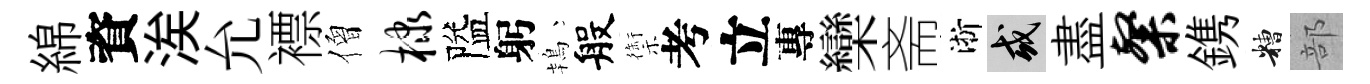
綿資涘允褾僧棣隘躬鴇般禦考立專欒斋淅或盡粲鎸糟部